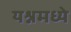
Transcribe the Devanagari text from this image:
यश्नमध्ये